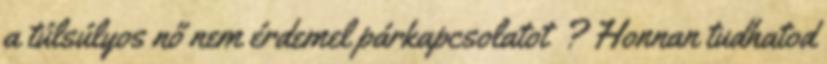
a túlsúlyos nő nem érdemel párkapcsolatot ? Honnan tudhatod